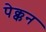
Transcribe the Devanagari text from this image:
पेक्कन